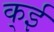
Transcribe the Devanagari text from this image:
क्ई